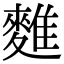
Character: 𪍇